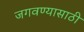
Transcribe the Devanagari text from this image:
जगवण्यासाठी